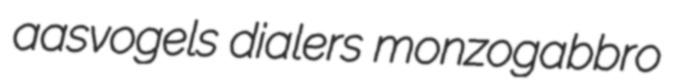
aasvogels dialers monzogabbro